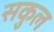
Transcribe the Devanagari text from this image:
सकुल